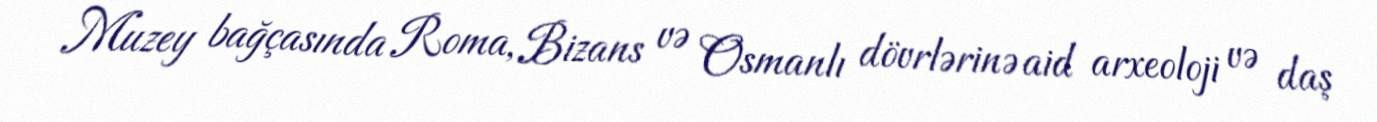
Muzey bağçasında Roma, Bizans və Osmanlı dövrlərinə aid arxeoloji və daş